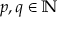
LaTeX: p , q \in \mathbb { N }